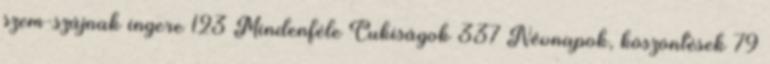
szem-szájnak ingere 123 Mindenféle Cukiságok 337 Névnapok, köszöntések 79